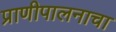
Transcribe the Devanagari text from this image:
प्राणीपालनाचा